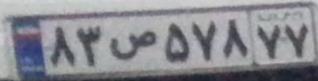
۸۳ص۵۷۸۷۷